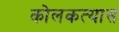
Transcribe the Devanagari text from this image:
कोलकत्यास